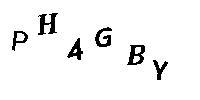
PH4GBY